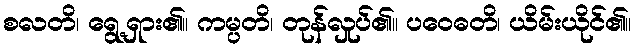
စလတိ၊ ရွေ့ရှား၏။ ကမ္ပတိ၊ တုန်လှုပ်၏။ ပဝေဓတိ၊ ယိမ်းယိုင်၏။